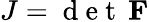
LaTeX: J=\mathrm{~d~e~t~}\, \mathbf{F}